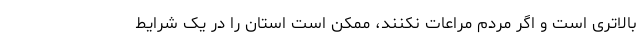
بالاتری است و اگر مردم مراعات نکنند، ممکن است استان را در یک شرایط